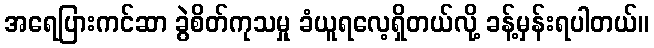
အရေပြားကင်ဆာ ခွဲစိတ်ကုသမှု ခံယူရလေ့ရှိတယ်လို့ ခန့်မှန်းရပါတယ်။